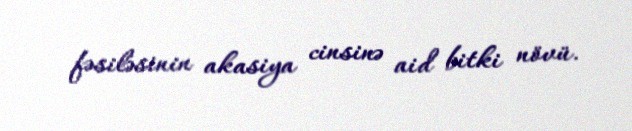
fəsiləsinin akasiya cinsinə aid bitki növü.